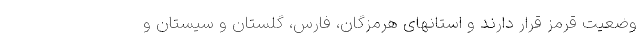
وضعیت قرمز قرار دارند و استانهای هرمزگان، فارس، گلستان و سیستان و